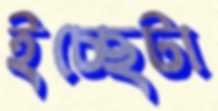
ইচ্ছেটা